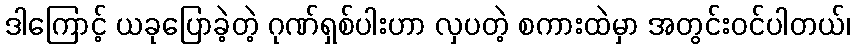
ဒါကြောင့် ယခုပြောခဲ့တဲ့ ဂုဏ်ရှစ်ပါးဟာ လှပတဲ့ စကားထဲမှာ အတွင်းဝင်ပါတယ်၊